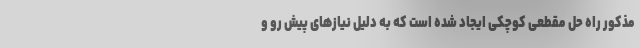
مذکور راه حل مقطعی کوچکی ایجاد شده است که به دلیل نیازهای پیش رو و